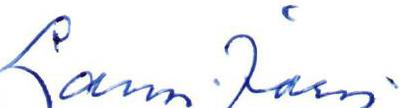
Lauri Järvi